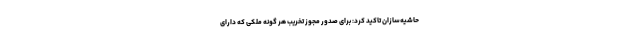
حاشیه‌سازان تاکید کرد: برای صدور مجوز تخریب هر گونه ملکی که دارای